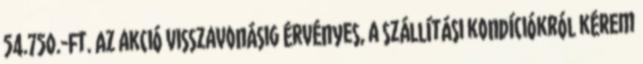
54.750.-Ft. Az akció visszavonásig érvényes, a szállítási kondíciókról kérem